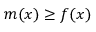
m ( x ) \geq f ( x )